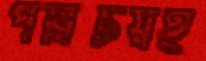
পরিচয়ই